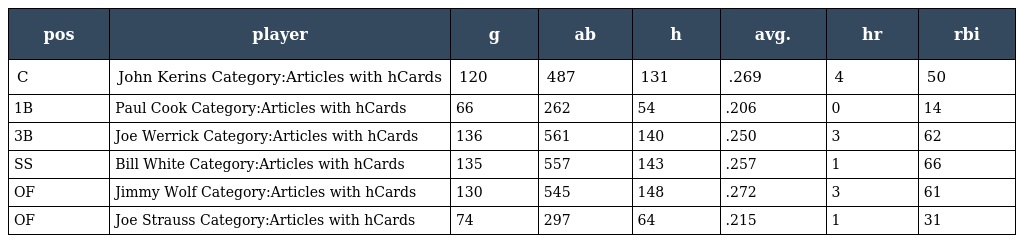
| pos | player | g | ab | h | avg. | hr | rbi |
 | --- | --- | --- | --- | --- | --- | --- | --- |
 | C | John Kerins Category:Articles with hCards | 120 | 487 | 131 | .269 | 4 | 50 |
 | 1B | Paul Cook Category:Articles with hCards | 66 | 262 | 54 | .206 | 0 | 14 |
 | 3B | Joe Werrick Category:Articles with hCards | 136 | 561 | 140 | .250 | 3 | 62 |
 | SS | Bill White Category:Articles with hCards | 135 | 557 | 143 | .257 | 1 | 66 |
 | OF | Jimmy Wolf Category:Articles with hCards | 130 | 545 | 148 | .272 | 3 | 61 |
 | OF | Joe Strauss Category:Articles with hCards | 74 | 297 | 64 | .215 | 1 | 31 |